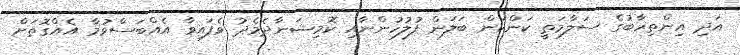
އަދި އިންތިހާބުގެ ސަލާމަތީ ކަންކަން ބަލަން ފުލުހުންނާއި ކޮމިޝަނާދެމެދު ވެފައިވާ އެއްބަސްވުމާ އެއްގޮތަށް